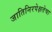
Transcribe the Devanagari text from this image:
जातिनिरपेक्षतेचा